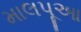
માલપૂઆ